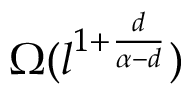
\Omega ( l ^ { 1 + \frac { d } { \alpha - d } } )